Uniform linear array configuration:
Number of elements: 32
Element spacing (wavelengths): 0.5
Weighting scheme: exponential
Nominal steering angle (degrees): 60
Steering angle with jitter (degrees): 59.56
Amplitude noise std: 0.05
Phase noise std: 0.05

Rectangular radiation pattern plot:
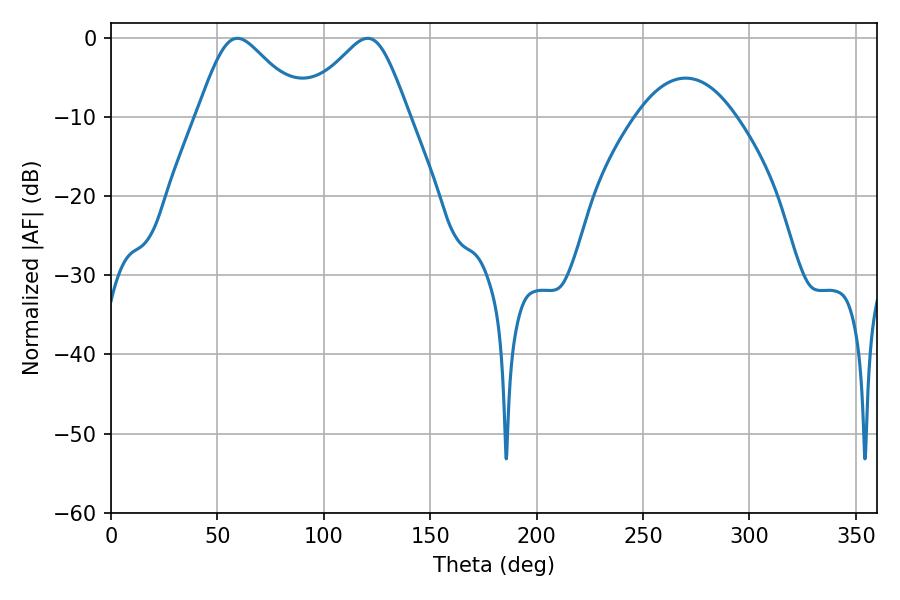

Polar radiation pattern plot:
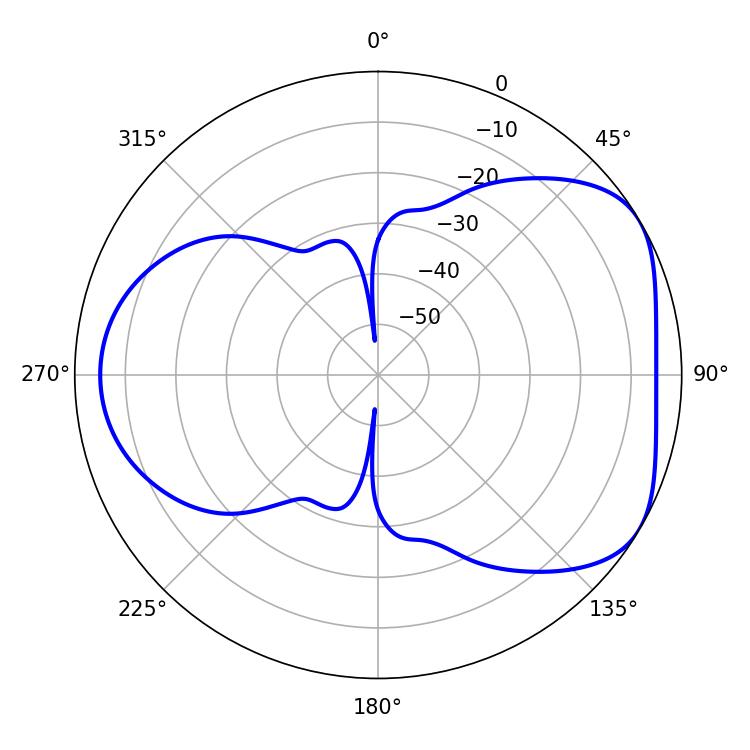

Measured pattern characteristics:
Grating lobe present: FALSE
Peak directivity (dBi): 4.802
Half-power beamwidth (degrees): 24.84
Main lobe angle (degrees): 59.4